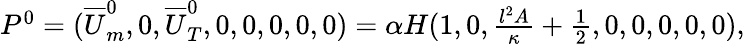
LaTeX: \begin{array}{r}{P^{0}=(\overline{{U}}_{m}^{0},0,\overline{{U}}_{T}^{0},0,0,0,0,0)=\alpha H(1,0,\frac{l^{2}A}{\kappa}+\frac{1}{2},0,0,0,0,0),}\end{array}